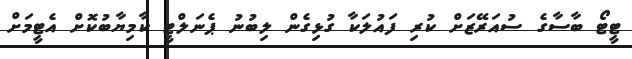
ޓީޓޯ ބާސާގެ ސުއަރޭޒަށް ކުރި ފައުލަކާ ގުޅިގެން ލިބުނު ޕެނަލްޓީ ކާމިޔާބުކޮށް އެޓީމަށް